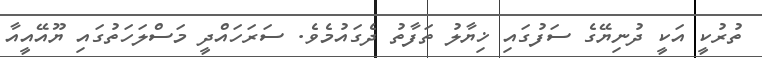
ތުރުކީ އަކީ ދުނިޔޭގެ ސަފުގައި ޚިޔާލު ތަފާތު ދެގައުމެވެ. ސަރަހައްދީ މަސްލަހަތުގައި ޔޫއޭއީއާ